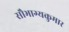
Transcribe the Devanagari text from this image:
सौभाग्यकुमार